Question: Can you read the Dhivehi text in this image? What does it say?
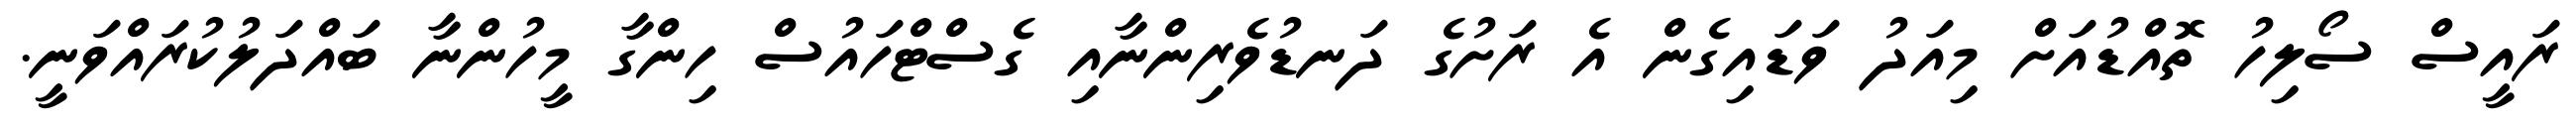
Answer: ރައީސް ސޯލިހު ތޮއްޑުއަށް މިއަދު ވަޑައިގެން އެ ރަށުގެ ދަނޑުވެރިންނާއި ގެސްޓްހައުސް ހިންގާ މީހުންނާ ބައްދަލުކުރައްވަނީ.